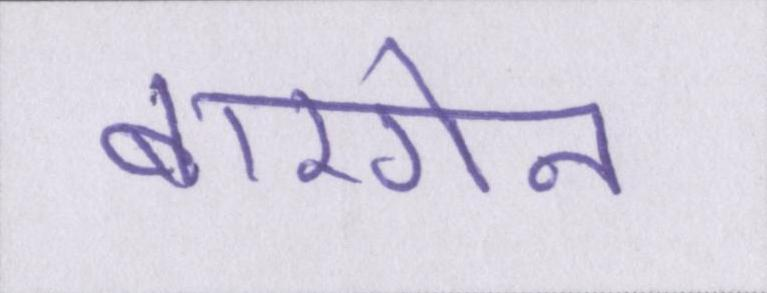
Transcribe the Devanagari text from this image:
बारगेन